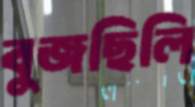
বুজছিলি